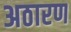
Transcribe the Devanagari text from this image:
अठारण